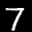
Label: 7